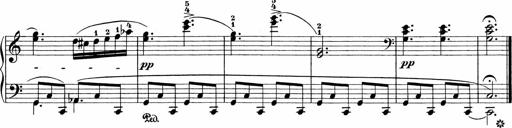
Title: 3 Sonatinas
Composer: Carl Reinecke